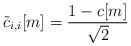
LaTeX: \begin{align*}\tilde{c}_{i,i}[m] = \frac{1-c[m]}{\sqrt{2}}\end{align*}